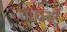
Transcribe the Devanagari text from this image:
वाधर्स्ट